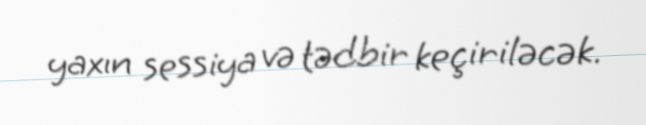
yaxın sessiya və tədbir keçiriləcək.